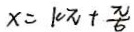
x = 1 0 \pi + \frac { \pi } { 6 }